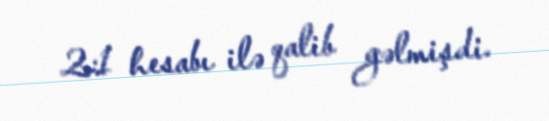
2:1 hesabı ilə qalib gəlmişdi.